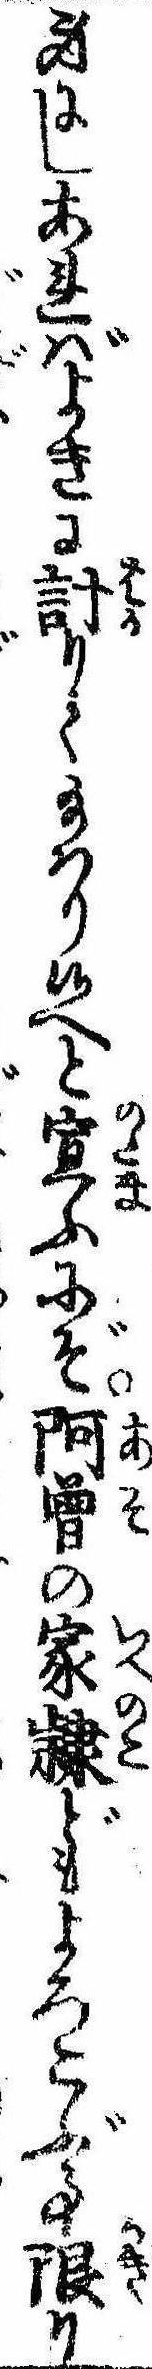
身にしあればよきに計りて給はり候へと宣ふにぞ阿曽の家隷どもよろこぶ事限り